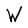
Character: W